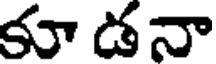
కూ డనా